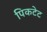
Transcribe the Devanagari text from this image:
पिकटेट